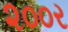
૨૦૦ર